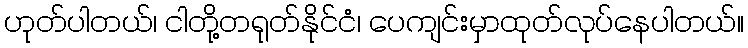
ဟုတ်ပါတယ်၊ ငါတို့တရုတ်နိုင်ငံ၊ ပေကျင်းမှာထုတ်လုပ်နေပါတယ်။